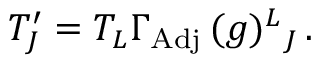
T _ { J } ^ { \prime } = T _ { L } \Gamma _ { \mathrm { A d j } } \, ( g ) ^ { L } { } _ { J } \, .